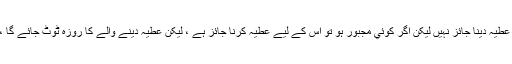
لھذا اس بنا پر روزہ دار کے لیے خون کا عطیہ دینا جائز نہیں لیکن اگر کوئي مجبور ہو تو اس کے لیے عطیہ کرنا جائز ہے ، لیکن عطیہ دینے والے کا روزہ ٹوٹ جائے گا ، اسے اس کی قضا میں روزہ رکھنا ہوگا ۔